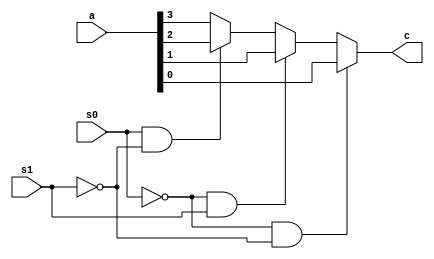
`timescale 1ns / 1ps
//////////////////////////////////////////////////////////////////////////////////
// Company: 
// Engineer: 
// 
// Design Name: 
// Module Name: beha
// Project Name: 
// Target Devices: 
// Tool Versions: 
// Description: 
// 
// Dependencies: 
// 
// Revision:
// Revision 0.01 - File Created
// Additional Comments:
// 
//////////////////////////////////////////////////////////////////////////////////


module beha(
    input [3:0] a,
    input s0,
    input s1,
    output reg c
    );
    always@(a[3:0] or s0 or s1 )
    begin
    if(s0==0&s1==0)
    c=a[0];
    else if(s0==0&s1==1)
    c=a[1];
    else if(s0==1&s1==0)
    c=a[2];
    else
    c=a[3];
    end
    
endmodule